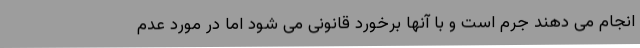
انجام می دهند جرم است و با آنها برخورد قانونی می شود اما در مورد عدم